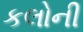
કલોની